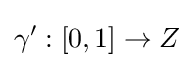
\gamma ':[0,1]\rightarrow Z